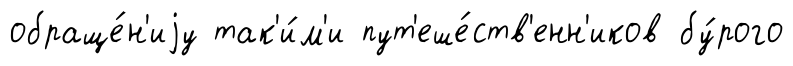
обраще́н'иjу так'и́м'и пут'еше́ств'енн'иков бу́рого